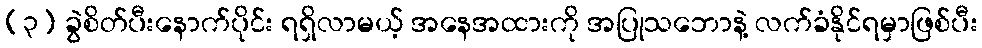
(၃) ခွဲစိတ်ပီးနောက်ပိုင်း ရရှိလာမယ့် အနေအထားကို အပြုသဘောနဲ့ လက်ခံနိုင်ရမှာဖြစ်ပီး